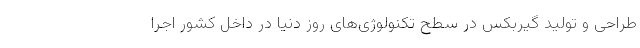
طراحی و تولید گیربکس در سطح تکنولوژی‌های روز دنیا در داخل کشور اجرا